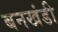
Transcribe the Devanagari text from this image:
बनखंडी